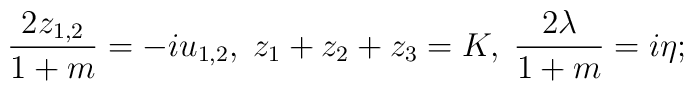
{2z_{1,2}\over 1+m} = -iu_{1,2},\; z_1+z_2+z_3 = K,\;{2\lambda\over 1+m} = i\eta;